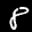
Label: 8